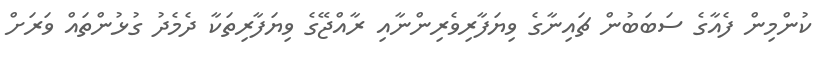
ކުންމިން ފެއާގެ ސަބަބުން ޗައިނާގެ ވިޔަފާރިވެރިންނާއި ރާއްޖޭގެ ވިޔަފާރިތަކާ ދެމެދު ގުޅުންތައް ވަރަށް